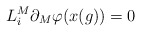
\begin{align*}L_{i}^{M}\partial_{M}\varphi (x(g))=0\end{align*}